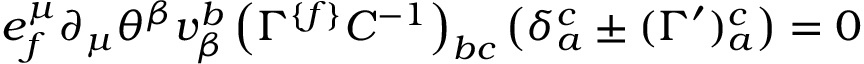
e _ { { f } } ^ { \mu } \partial _ { \mu } \theta ^ { \beta } v _ { \beta } ^ { { b } } \left( \Gamma ^ { \{ { f \} } } C ^ { - { 1 } } \right) _ { { b c } } \left( \delta _ { { a } } ^ { { c } } \pm ( \Gamma ^ { \prime } ) _ { { a } } ^ { { c } } \right) = 0